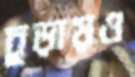
চূড়ায়ও